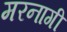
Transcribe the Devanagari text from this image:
मरनागी